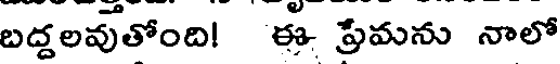
బద్దలవుతోంది! ఈ ప్రేమను నాలో